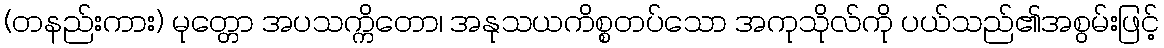
(တနည်းကား) မုတ္တော အပသက္ကိတော၊ အနုသယကိစ္စတပ်သော အကုသိုလ်ကို ပယ်သည်၏အစွမ်းဖြင့်